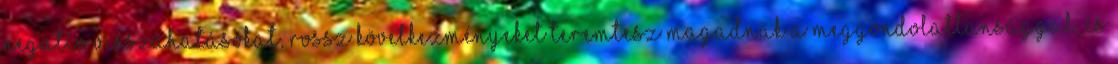
negatív visszahatásokat, rossz következményeket teremtesz magadnak a meggondolatlansággal, és